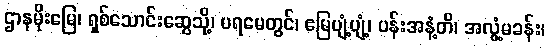
ဌာနမိုးမြေ၊ ရှစ်သောင်းဆွေသို့၊ ပရမေတွင်၊ ဧမြပျံ့ပျံ့၊ ပန်းအနံ့တိ၊ အလွံ့မခန်း၊